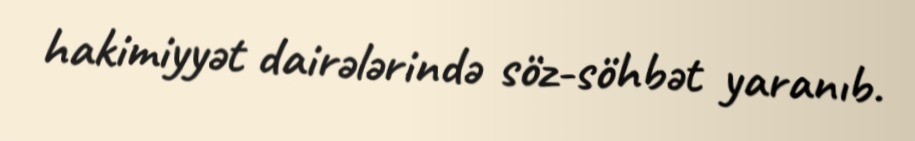
hakimiyyət dairələrində söz-söhbət yaranıb.